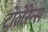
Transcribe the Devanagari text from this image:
टोलेरेन्स